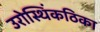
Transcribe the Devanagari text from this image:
उरोस्थिंकठिका